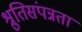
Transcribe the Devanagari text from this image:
श्रुतिसंपन्नता